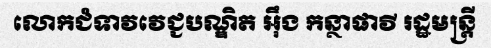
លោកជំទាវវេជ្ជបណ្ឌិត អ៊ឹង កន្ថាផាវី រដ្ឋមន្ត្រី